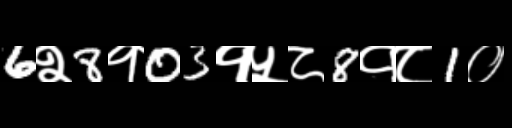
Text: 6२8१03१५८8१८1०